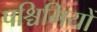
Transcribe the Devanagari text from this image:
पश्चिमियों